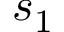
s _ { 1 }